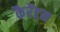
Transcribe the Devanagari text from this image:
कैरेंटन